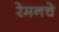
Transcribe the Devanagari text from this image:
रेमनचे